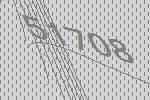
51708